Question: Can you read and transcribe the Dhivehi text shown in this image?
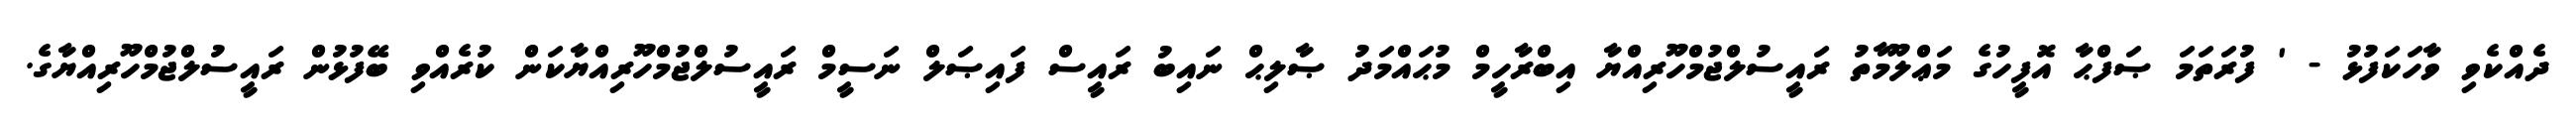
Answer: ދެއްކެވި ވާހަކަފުޅު - ' ފުރަތަމަ ޞަފްޙާ އޮފީހުގެ މަޢްލޫމާތު ރައީސުލްޖުމްހޫރިއްޔާ އިބްރާހީމް މުޙައްމަދު ޞާލިޙް ނައިބު ރައީސް ފައިޞަލް ނަސީމް ރައީސުލްޖުމްހޫރިއްޔާކަން ކުރެއްވި ބޭފުޅުން ރައީސުލްޖުމްހޫރިއްޔާގެ.